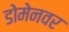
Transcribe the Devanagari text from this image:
डोमेनवर